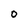
Character: O